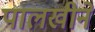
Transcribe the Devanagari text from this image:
पालखीने